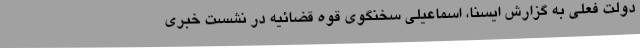
دولت فعلی به گزارش ایسنا، اسماعیلی سخنگوی قوه قضائیه در نشست خبری